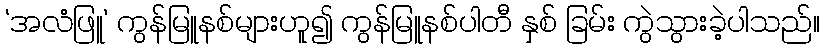
‘အလံဖြူ’ ကွန်မြူနစ်များဟူ၍ ကွန်မြူနစ်ပါတီ နှစ် ခြမ်း ကွဲသွားခဲ့ပါသည်။